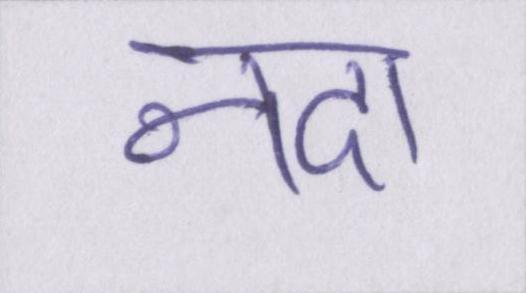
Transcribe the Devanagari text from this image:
नदा